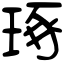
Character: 琢